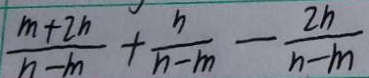
\frac { m + 2 n } { n - m } + \frac { n } { n - m } - \frac { 2 n } { n - m }